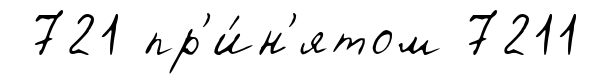
721 пр'и́н'ятом 7211